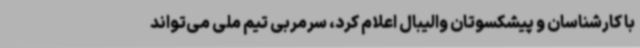
با کارشناسان و پیشکسوتان والیبال اعلام کرد، سرمربی تیم ملی می‌تواند